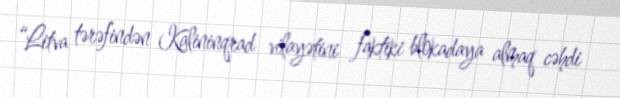
“Litva tərəfindən Kalininqrad vilayətini faktiki blokadaya almaq cəhdi